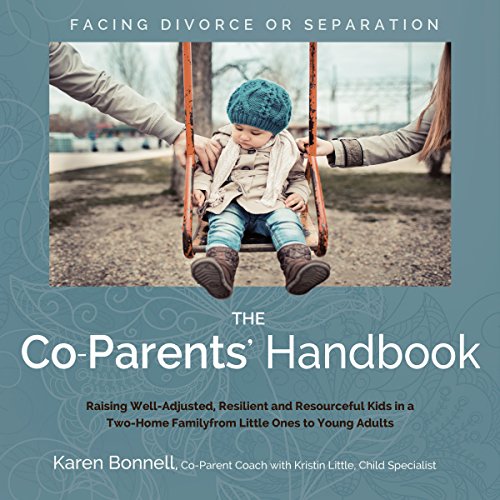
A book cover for The Co-Parents' Handbook: Raising Well-Adjusted, Resilient, and Resourceful Kids in a Two-Home Family from Little Ones to Young Adults; Karen Bonnell; Parenting & Relationships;